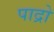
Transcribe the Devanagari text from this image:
पाद्रो